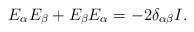
LaTeX: \begin{align*}E_\alpha E_\beta +E_\beta E_\alpha =-2\delta_{\alpha \beta} I.\end{align*}